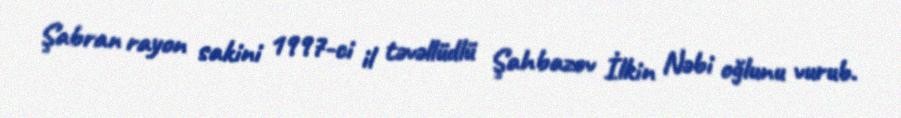
Şabran rayon sakini 1997-ci il təvəllüdlü Şahbazov İlkin Nəbi oğlunu vurub.